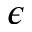
\epsilon